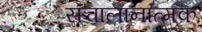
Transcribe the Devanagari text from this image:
संचालानात्मक